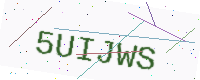
Text: 5UIJWS